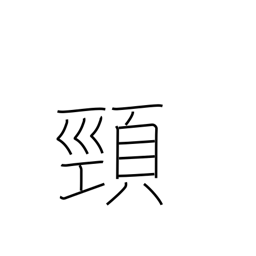
Meaning: neck